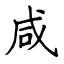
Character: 咸